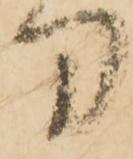
刀